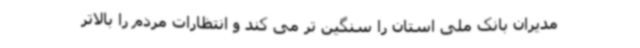
مدیران بانک ملی استان را سنگین تر می کند و انتظارات مردم را بالاتر